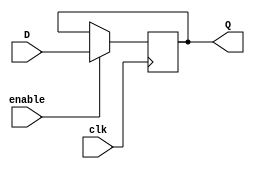
module gated_d_ff (
    input D, // Data input
    input clk, // Clock input
    input enable, // Enable input
    output reg Q // Data output
);

always @(posedge clk) begin
    if (enable) begin
        Q <= D;
    end
end

endmodule